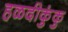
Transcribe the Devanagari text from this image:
हळदीकुंकु